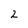
Character: 2